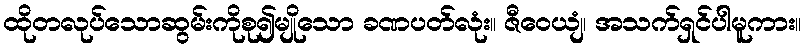
ထိုတလုပ်သောဆွမ်းကိုစု၍မျိုသော ခဏပတ်လုံး။ ဇီဝေယျံ၊ အသက်ရှင်ပါမူကား။